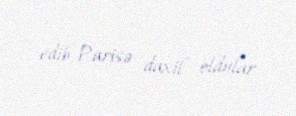
edib, Parisə daxil oldular.